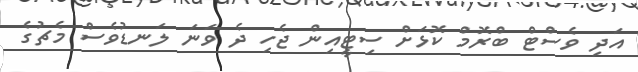
އަދި ވެސްޓް ބްރޮމް ކޮޅަށް ސިޓީއިން ޖެހި ދެ ވަނަ ލަނޑުވެސް މެޗުގެ